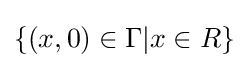
\{(x,0)\in \Gamma |x\in R\}